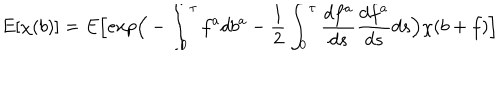
E [ \chi ( b ) ] = E \Big [ e x p \Big ( - \int _ { 0 } ^ { \tau } f ^ { a } d b ^ { a } - \frac { 1 } { 2 } \int _ { 0 } ^ { \tau } \frac { d f ^ { a } } { d s } \frac { d f ^ { a } } { d s } d s \Big ) \chi ( b + f ) \Big ]